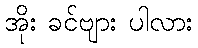
အိုး ခင်ဗျား ပါလား